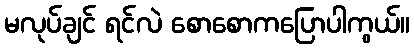
မလုပ်ချင် ရင်လဲ စောစောကပြောပါကွယ်။